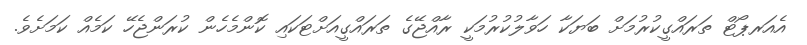
އެއަރޕޯޓް ތަރައްގީކުރުމަށް ބަޔަކާ ހަވާލުކުރުމަކީ ރާއްޖޭގެ ތަރައްގީއަށްޓަކައި ކޮންމެހެން ކުރަންޖެހޭ ކަމެއް ކަމަށެވެ.